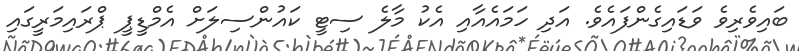
ބައިވެރިވެ ވަޑައިގެންފައެވެ. އަދި ހަމައެއާއި އެކު މާލެ ސިޓީ ކައުންސިލަށް އެމްޑީޕީ ޕްރައިމަރީގައި